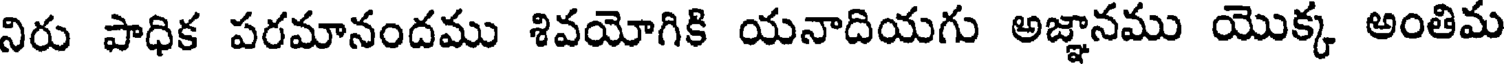
నిరు పాధిక పరమానందము శివయోగికి యనాదియగు అజ్ఞానము యొక్క అంతిమ